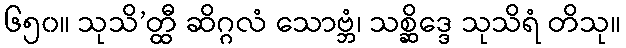
၆၅၀။ သုသိ’တ္ထီ ဆိဂ္ဂလံ သောဗ္ဘံ၊ သစ္ဆိဒ္ဒေ သုသိရံ တိသု။